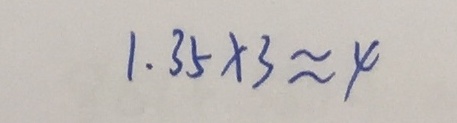
1 . 3 5 \times 3 \approx 4